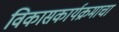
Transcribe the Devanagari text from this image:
विकासकार्यक्रमाचा